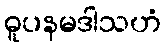
ဓူပနမဒါသဟံ